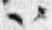
以